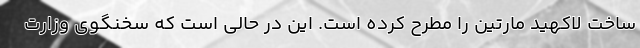
ساخت لاکهید مارتین را مطرح کرده است. این در حالی است که سخنگوی وزارت